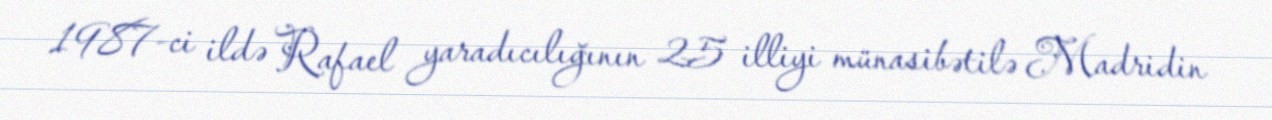
1987-ci ildə Rafael yaradıcılığının 25 illiyi münasibətilə Madridin